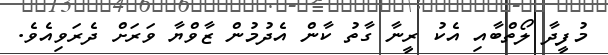
މުފީދާ ލޯތްބާއި އެކު ރީނާ ގާތު ކާން އެދުމުން ޒާވްޔާ ވަރަށް ދެރަވިއެވެ.